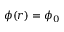
\phi ( \boldsymbol r ) = \phi _ { 0 }